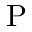
\mathrm { P }